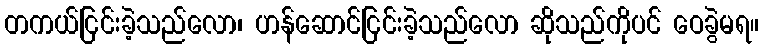
တကယ်ငြင်းခဲ့သည်လော၊ ဟန်ဆောင်ငြင်းခဲ့သည်လော ဆိုသည်ကိုပင် ဝေခွဲမရ။